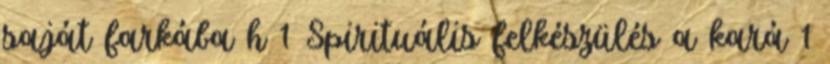
saját farkába h 1 Spirituális felkészülés a kará 1